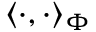
\langle \cdot , \cdot \rangle _ { \Phi }